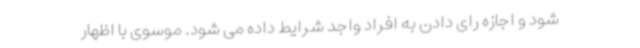
شود و اجازه رای دادن به افراد واجد شرایط داده می شود. موسوی با اظهار